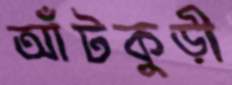
আঁটকুড়ী